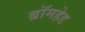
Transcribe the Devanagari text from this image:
ब्रॉमहेड